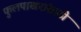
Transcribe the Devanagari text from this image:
फुलपाखरांसाठी